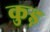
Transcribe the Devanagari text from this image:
कुड़